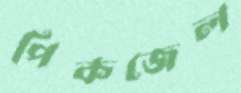
পিকজেল